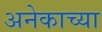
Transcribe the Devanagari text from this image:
अनेकाच्या